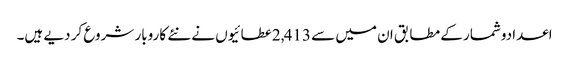
اعدادوشمار کے مطابق ان میں سے 2,413عطائیوں نے نئے کاروبار شروع کر دیے ہیں۔